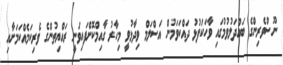
ނޫސްވެރިންގެ ބައްދަލުވުމުގައި ވާހަކަފުޅު ދައްކަވަމުން އަސްލަމް ވިދާޅުވީ މިހާރު ގާއިމްކޮށްފައިވަނީ ރައްޔިތުންގެ ވެރިކަމެއްކަމަށާއި